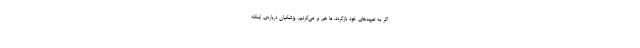
اگر به تعهدهای خود بازگردد، ما هم بر می‌گردیم. پزشکیان درباره‌ی اینکه